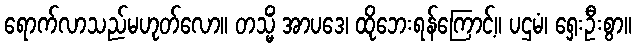
ရောက်လာသည်မဟုတ်လော။ တသ္မိံ အာပဒေ၊ ထိုဘေးရန်ကြောင့်။ ပဌမံ၊ ရှေးဦးစွာ။